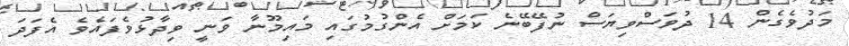
މަދުވެގެން 14 ދުވަސްވިޔަސް ނުފޭބޭނެ ކަމަށް އެންގުމުގައި މައިމޫނާ ވަނީ ވިދާޅުވެފައެވެ އެފަދަ